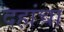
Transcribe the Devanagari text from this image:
दहांचा